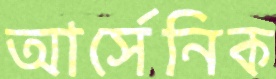
আর্সেনিক